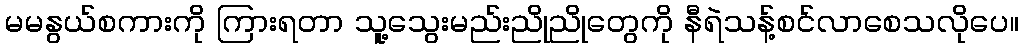
မမနွယ်စကားကို ကြားရတာ သူ့သွေးမည်းညိုညိုတွေကို နီရဲသန့်စင်လာစေသလိုပေ။